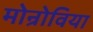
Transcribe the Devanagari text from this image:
मोन्रोविया